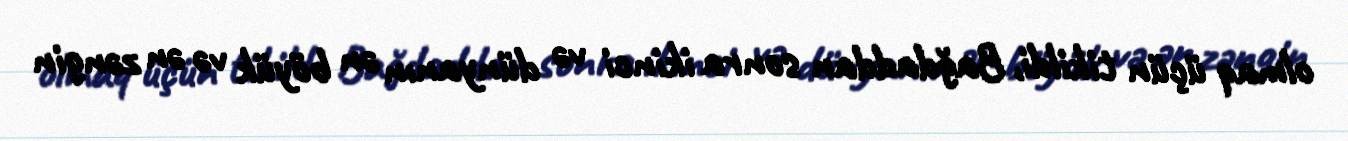
olmaq üçün tikildi, Bağdaddan sonra ikinci və dünyanın ən böyük və ən zəngin